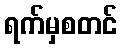
ရက်မှစတင်